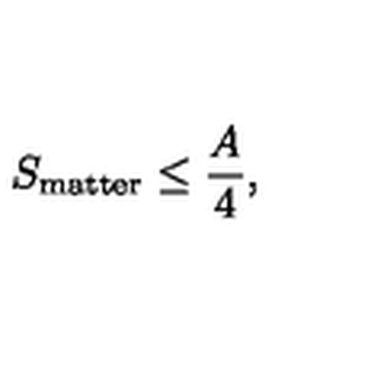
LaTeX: S _ { \mathrm { m a t t e r } } \leq \frac { A } { 4 } ,